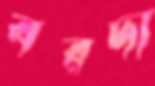
বরদা